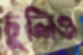
ঢুলিও